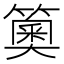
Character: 䉛